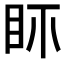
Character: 𥄚